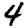
Digit: 4